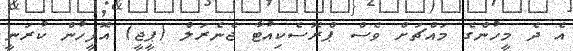
އެ ދެ މީހުންގެ މައްޗަށް ވެސް ޕްރޮސެކިއުޓާ ޖެނެރަލް (ޕީޖީ) އޮފީހުން ކުރަނީ